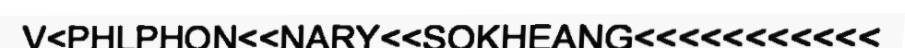
V<PHLPHON<<NARY<<SOKHEANG<<<<<<<<<<<